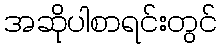
အဆိုပါစာရင်းတွင်